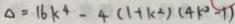
\Delta = 1 6 k ^ { 4 } - 4 ( 1 + k ^ { 2 } ) ( 4 k ^ { 2 } - 1 )